Leaving Certificate Examination, 1921
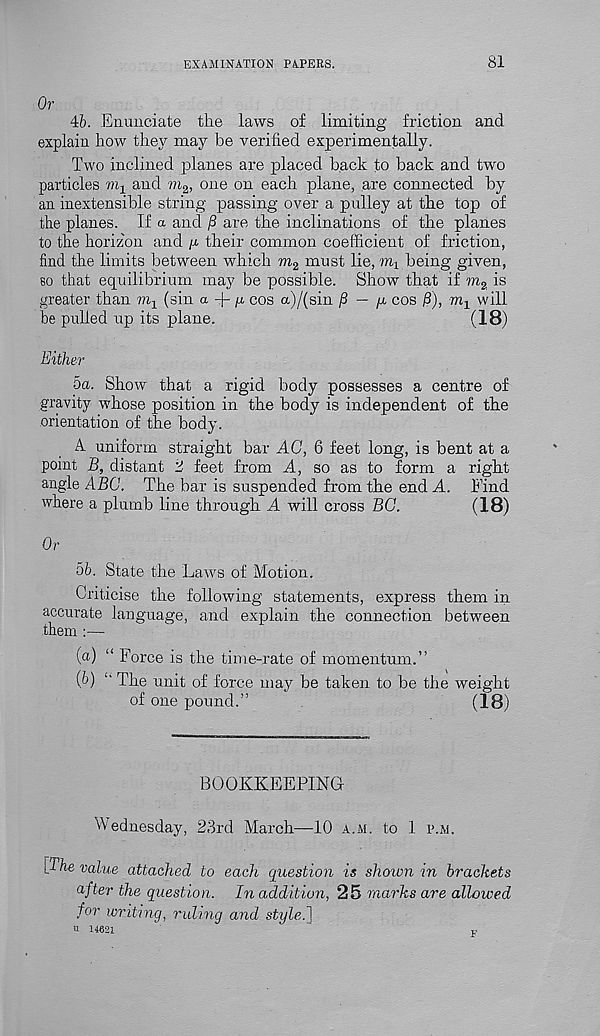
EXAMINATION PAPERS.
81
Or
46. Enunciate the laws of limiting friction and
explain how they may be verified experimentally.
Two inclined planes are placed back to back and two
particles mj and ra 2 , one on each plane, are connected by
an inextensible string passing over a pulley at the top of
the planes. If a and are the inclinations of the planes
to the horizon and ^ their common coefficient of friction,
find the limits between which m 2 must lie, mi being given,
so that equilibrium may be possible. Show that if m 2 is
greater than m-x (sin a -j- g. cos a)/(sin /8 — g cos j8), m 1 will
be pulled up its plane.
(18)
Either
5a. Show that a rigid body possesses a centre of
gravity whose position in the body is independent of the
orientation of the body.
A uniform straight bar AG, 6 feet long, is bent at a
point B, distant 'J feet from A, so as to form a right
angle ABC. The bar is suspended from the end A. Find
where a plumb line through A will cross BG.
(18)
Or
56. State the Laws of Motion.
Criticise the following statements, express them in
accurate language, and explain the connection between
them :—
(а) “ Force is the time-rate of momentum.”
(б) " The unit of force may be taken to be the weight
of one pound.”
(18)
BOOKKEEPING
Wednesday, 23rd March—10 a.m. to 1 p.m.
iThe value attached to each question is shoivn in brackets
after the question. In addition, 25 marks are allowed
for writing, ruling and style.]
<1 14621
”
P